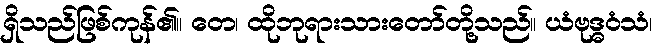
ရှိသည်ဖြစ်ကုန်၏။ တေ၊ ထိုဘုရားသားတော်တို့သည်။ ယံဗုဒ္ဓဝံသံ၊